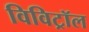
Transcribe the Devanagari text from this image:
विविट्रॉल